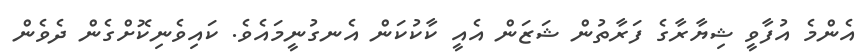
އެންމެ އުފާވީ ޝިޔާރާގެ ފަރާތުން ޝަޒަން އެއީ ކާކުކަން އެނގުނީމައެވެ. ކައިވެނިކޮށްގެން ދެވެން